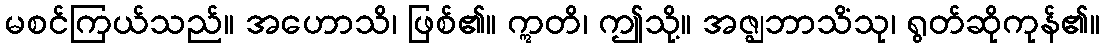
မစင်ကြယ်သည်။ အဟောသိ၊ ဖြစ်၏။ ဣတိ၊ ဤသို့။ အဇ္ဈဘာသိံသု၊ ရွတ်ဆိုကုန်၏။